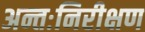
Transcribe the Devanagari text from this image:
अन्तःनिरीक्षण